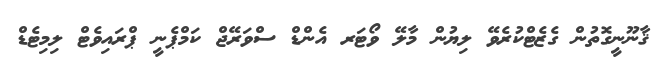
ޤާނޫނީގޮތުން ގެޒެޓްކުރެވޭ ލިޔުން މާލޭ ވޯޓަރ އެންޑް ސްވަރޭޖް ކަމްޕެނީ ޕްރައިވެޓް ލިމިޓެޑް